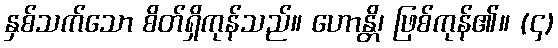
နှစ်သက်သော စိတ်ရှိကုန်သည်။ ဟောန္တိ၊ ဖြစ်ကုန်၏။ (၄)